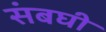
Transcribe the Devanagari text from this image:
संबघी